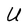
Character: U